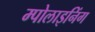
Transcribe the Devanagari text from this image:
म्पोलाइनिंग